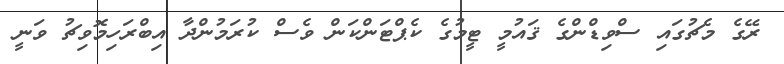
ރޭގެ މެޗުގައި ސްވިޑްންގެ ޤައުމީ ޓީމުގެ ކެޕްޓަންކަން ވެސް ކުރަމުންދާ އިބްރަހިމޮވިޗު ވަނީ